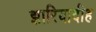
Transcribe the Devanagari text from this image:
झारियादीह